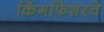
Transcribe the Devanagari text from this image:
किंगफिशरचे